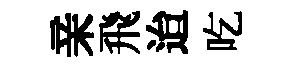
亲飛迨吃